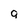
Character: g